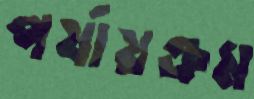
পর্যায়ক্রম